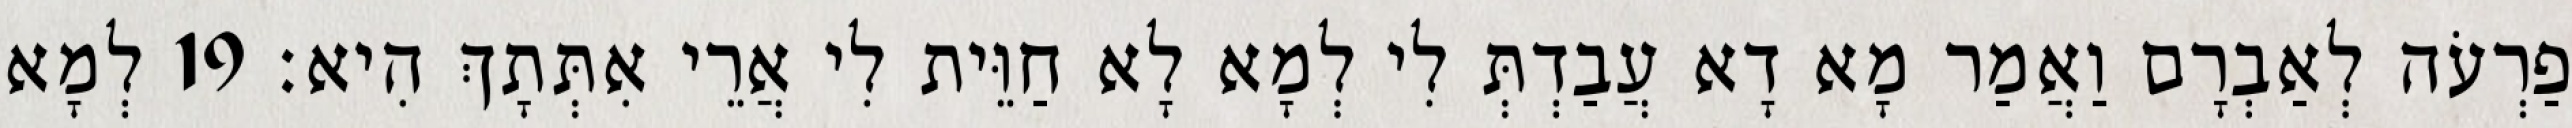
פַרְעֹה לְאַבְרָם וַאֲמַר מָא דָא עֲבַדְתְּ לִי לְמָא לָא חַוֵּית לִי אֲרֵי אִתְּתָךְ הִיא׃ 19 לְמָא